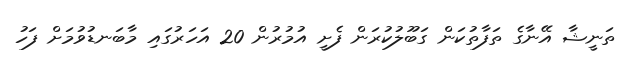
ތަނީޝާ އޭނާގެ ތަފާތުކަން ގަބޫލުކުރަން ފެށީ އުމުރުން 20 އަހަރުގައި މާބަނޑުވުމަށް ފަހު